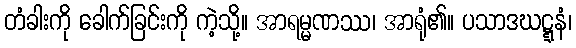
တံခါးကို ခေါက်ခြင်းကို ကဲ့သို့။ အာရမ္မဏဿ၊ အာရုံ၏။ ပသာဒဃဋ္ဋနံ၊